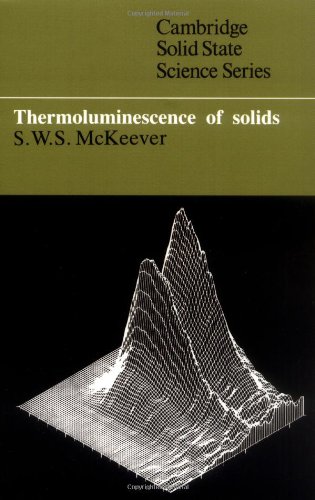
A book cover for Thermoluminescence of Solids (Cambridge Solid State Science Series); S. W. S. McKeever; Science & Math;